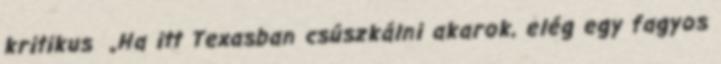
kritikus „Ha itt Texasban csúszkálni akarok, elég egy fagyos